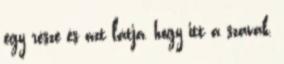
egy része és azt látja, hogy itt a szavak,